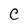
Character: C